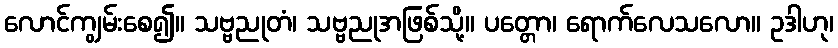
လောင်ကျွမ်းစေ၍။ သဗ္ဗညုတံ၊ သဗ္ဗညုအဖြစ်သို့။ ပတ္တော၊ ရောက်လေသလော။ ဥဒါဟု၊